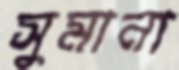
সুমানা